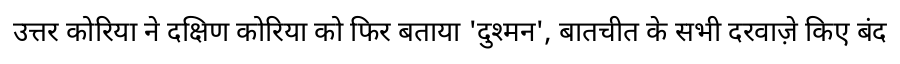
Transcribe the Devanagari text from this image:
उत्तर कोरिया ने दक्षिण कोरिया को फिर बताया 'दुश्मन', बातचीत के सभी दरवाज़े किए बंद